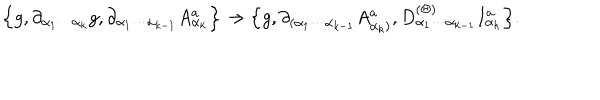
LaTeX: \Big \{ g , \partial _ { \alpha _ { 1 } \cdots \alpha _ { k } } g , \partial _ { \alpha _ { 1 } \cdots \alpha _ { k - 1 } } A _ { \alpha _ { k } } ^ { a } \Big \} \rightarrow \Big \{ g , \partial _ { ( \alpha _ { 1 } \cdots \alpha _ { k - 1 } } A _ { \alpha _ { k } ) } ^ { a } , D _ { \alpha _ { 1 } \cdots \alpha _ { k - 1 } } ^ { ( \Theta ) } I _ { \alpha _ { k } } ^ { a } \Big \} .